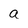
Character: a